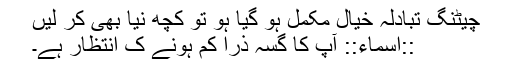
چيٹنگ تبادلہ خيال مکمل ہو گيا ہو تو کچھ نيا بھی کر ليں
::اسماء:: آپ کا گسہ ذرا کم ہونے ک انتظار ہے۔